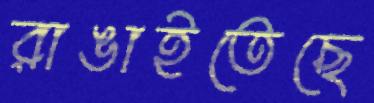
রাঙাইতেছে